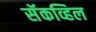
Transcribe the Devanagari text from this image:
सॅकव्हिल